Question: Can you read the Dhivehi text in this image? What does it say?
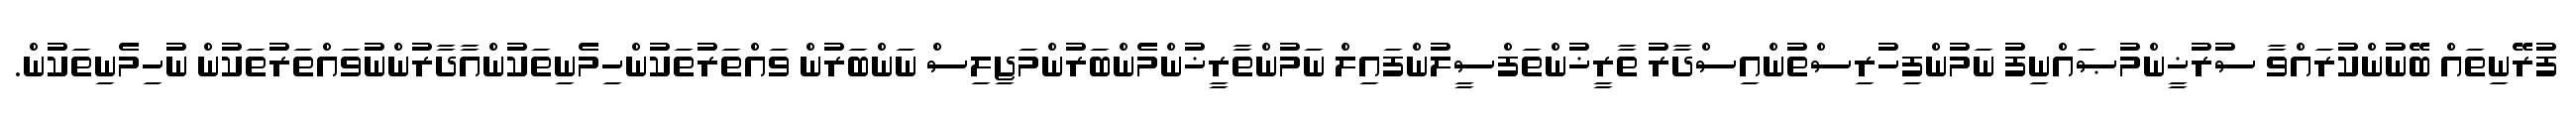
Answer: ފުރޭނިތައް ބޭނުންކުރައްވާ ސުރުޚީންމުޞައްނިފު ނަމުންފިހުރިސްތުންއިސްދާރު ތާރީޚުންތަފްސީލުންފައިލް ނަމުންތާރީޚުންމެންބަރުންމަޖިލިސް ނަންބަރުން ވައްތަރުތަކުންހިމެނިތަކުންއާދާރުންނުވައްތަރުތަކުން ނުހިމެނިތަކުން.